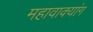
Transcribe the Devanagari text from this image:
महावाक्यांग